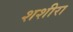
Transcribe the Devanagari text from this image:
शशीरा